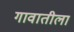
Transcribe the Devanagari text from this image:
गावातीला